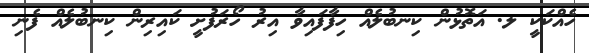
ހެއްކަކީ ލ. އަތޮޅުން ކިނބުލެއް ހިފާފައިވާ އިރު ހޯރަފުށީ ކައިރިން ކިނބުލެއް ފެނި